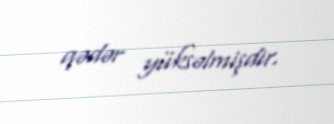
qədər yüksəlmişdir.